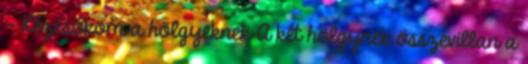
– Kézcsókom a hölgyeknek A két hölgynek összevillan a